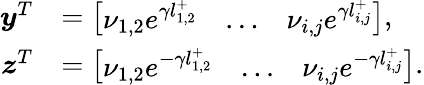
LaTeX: \begin{array}{rl}{\boldsymbol{y}^{T}}&{=\left[\begin{array}{lll}{\nu_{1,2}e^{\gamma l_{1,2}^{+}}}&{\ldots}&{\nu_{i,j}e^{\gamma l_{i,j}^{+}}}\end{array}\right],}\\ {\boldsymbol{z}^{T}}&{=\left[\begin{array}{lll}{\nu_{1,2}e^{-\gamma l_{1,2}^{+}}}&{\ldots}&{\nu_{i,j}e^{-\gamma l_{i,j}^{+}}}\end{array}\right].}\end{array}